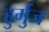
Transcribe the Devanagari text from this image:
हुर्मुज